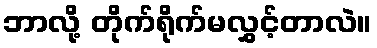
ဘာလို့ တိုက်ရိုက်မလွှင့်တာလဲ။